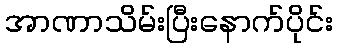
အာဏာသိမ်းပြီးနောက်ပိုင်း